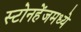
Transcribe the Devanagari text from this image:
स्टोनहेंजमध्ये